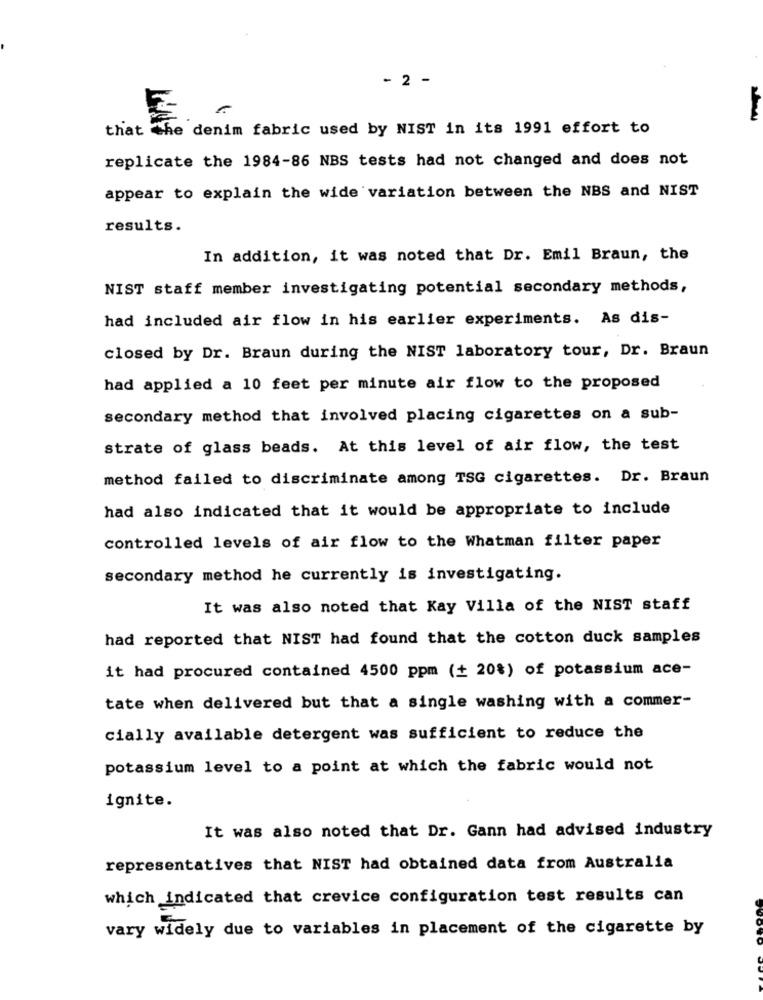
- 2 -
that Che denim fabric used by NIST in its 1991 effort to
replicate the 1984-86 NBS tests had not changed and does not
appear to explain the wide variation between the NBS and NIST
results.
In addition, it was noted that Dr. Emil Braun, the
NIST staff member investigating potential secondary methods,
had included air flow in his earlier experiments. As dis-
closed by Dr. Braun during the NIST laboratory tour, Dr. Braun
had applied a 10 feet per minute air flow to the proposed
secondary method that involved placing cigarettes on a sub-
strate of glass beads. At this level of air flow, the test
method failed to discriminate among TSG cigarettes. Dr. Braun
had also indicated that it would be appropriate to include
controlled levels of air flow to the Whatman filter paper
secondary method he currently is investigating.
It was also noted that Kay Villa of the NIST staff
had reported that NIST had found that the cotton duck samples
it had procured contained 4500 ppm (+ 20%) of potassium ace-
tate when delivered but that a single washing with a commer-
cially available detergent was sufficient to reduce the
potassium level to a point at which the fabric would not
ignite.
It was also noted that Dr. Gann had advised industry
representatives that NIST had obtained data from Australia
which indicated that crevice configuration test results can
vary widely due to variables in placement of the cigarette by